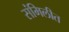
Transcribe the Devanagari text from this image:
संमिलीत